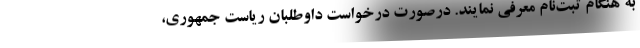
به هنگام ثبت‌نام معرفی نمایند. درصورت درخواست داوطلبان ریاست جمهوری،